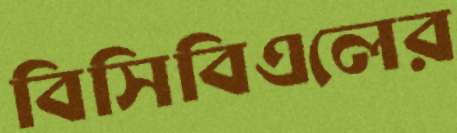
বিসিবিএলের